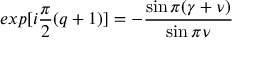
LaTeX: e x p [ i \frac { \pi } { 2 } ( q + 1 ) ] = - \frac { \sin \pi ( \gamma + \nu ) } { \sin \pi \nu }